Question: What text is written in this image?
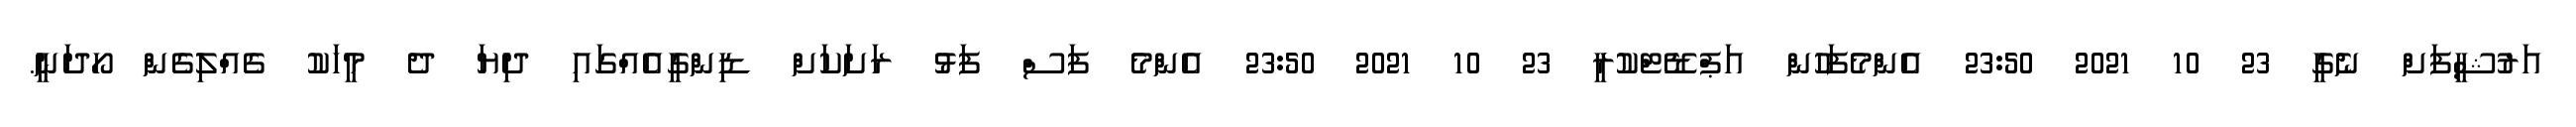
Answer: އަރުޝީފަށް ނެގީ 23 10 2021 23:50 އެންމެފަހުން އަޕްޑޭޓްކުރީ 23 10 2021 23:50 އެންމެ ފަސް ފަޅު ރަށަކަށް ޑިންގީއެއްގައި ދިޔަ ދެ މީހަކު ގެއްލިގެން ހޯދަނީ.